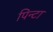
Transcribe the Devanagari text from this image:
पिन्टा